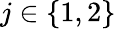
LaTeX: j\in\{ 1,2\}